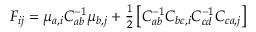
\begin{array} { r } { F _ { i j } = \mu _ { a , i } C _ { a b } ^ { - 1 } \mu _ { b , j } + \frac { 1 } { 2 } \left[ C _ { a b } ^ { - 1 } C _ { b c , i } C _ { c d } ^ { - 1 } C _ { c a , j } \right] } \end{array}